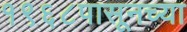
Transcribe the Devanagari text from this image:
१९६८पासूनच्या